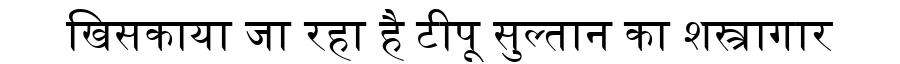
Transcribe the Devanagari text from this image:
खिसकाया जा रहा है टीपू सुल्तान का शस्त्रागार